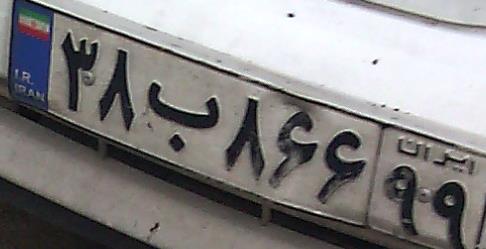
۳۸ب۸۶۶۹۹